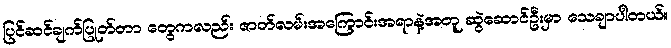
ပြင်ဆင်ချက်ပြုတ်တာ တွေကလည်း ဇာတ်လမ်းအကြောင်းအရာနဲ့အတူ ဆွဲဆောင်ဦးမှာ သေချာပါတယ်။